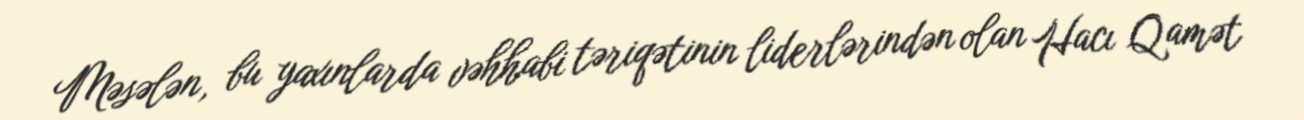
Məsələn, bu yaxınlarda vəhhabi təriqətinin liderlərindən olan Hacı Qamət